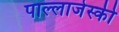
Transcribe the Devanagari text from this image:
पाल्लाजेस्की